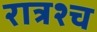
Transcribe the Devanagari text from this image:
रात्रश्च